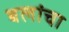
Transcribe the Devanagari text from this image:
बलांचा